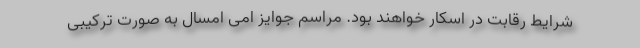
شرایط رقابت در اسکار خواهند بود. مراسم جوایز امی امسال به صورت ترکیبی